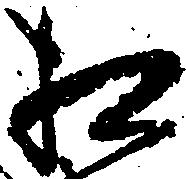
相